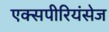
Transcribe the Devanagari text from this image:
एक्‍सपीरियंसेज